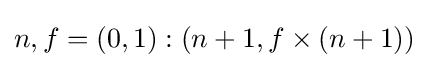
n,f=(0,1):(n+1,f\times (n+1))